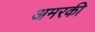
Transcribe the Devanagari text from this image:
अमरकी